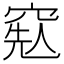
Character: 𥦥